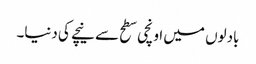
بادلوں میں اونچی سطح سے نیچے کی دنیا۔